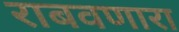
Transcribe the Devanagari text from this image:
राबवणारा